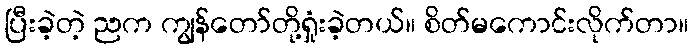
ပြီးခဲ့တဲ့ ညက ကျွန်တော်တို့ရှုံးခဲ့တယ်။ စိတ်မကောင်းလိုက်တာ။